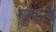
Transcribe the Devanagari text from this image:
सुफले